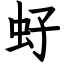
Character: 虸